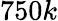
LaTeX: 750k